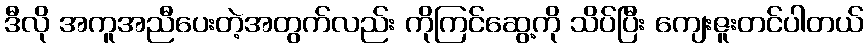
ဒီလို အကူအညီပေးတဲ့အတွက်လည်း ကိုကြင်ဆွေ့ကို သိပ်ပြီး ကျေးဇူးတင်ပါတယ်